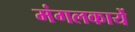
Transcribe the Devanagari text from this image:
मंगलकार्ये